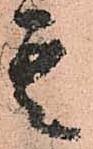
其